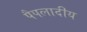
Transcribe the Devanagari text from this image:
पैपलादीय